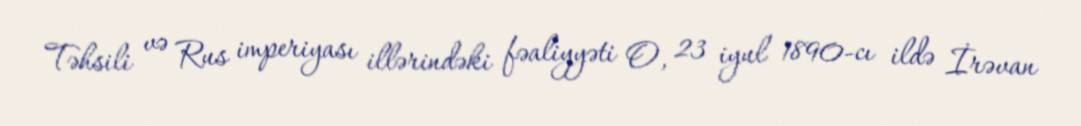
Təhsili və Rus imperiyası illərindəki fəaliyyəti O, 23 iyul 1890-cı ildə İrəvan